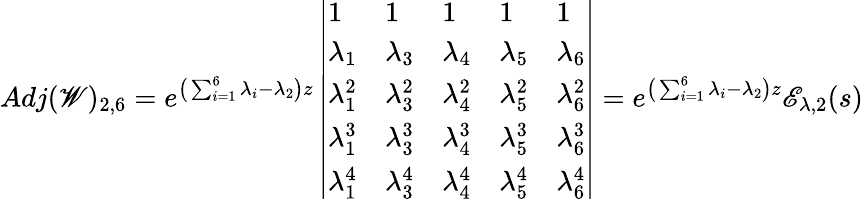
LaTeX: Adj(\mathscr{W})_{2,6}=e^{\big(\sum_{i=1}^{6}\lambda_{i}-\lambda_{2}\big)z}\left|\begin{array}{lllll}{1}&{1}&{1}&{1}&{1}\\ {\lambda_{1}}&{\lambda_{3}}&{\lambda_{4}}&{\lambda_{5}}&{\lambda_{6}}\\ {\lambda_{1}^{2}}&{\lambda_{3}^{2}}&{\lambda_{4}^{2}}&{\lambda_{5}^{2}}&{\lambda_{6}^{2}}\\ {\lambda_{1}^{3}}&{\lambda_{3}^{3}}&{\lambda_{4}^{3}}&{\lambda_{5}^{3}}&{\lambda_{6}^{3}}\\ {\lambda_{1}^{4}}&{\lambda_{3}^{4}}&{\lambda_{4}^{4}}&{\lambda_{5}^{4}}&{\lambda_{6}^{4}}\end{array}\right|=e^{\big(\sum_{i=1}^{6}\lambda_{i}-\lambda_{2}\big)z}\mathscr{E}_{\lambda,2}(s)